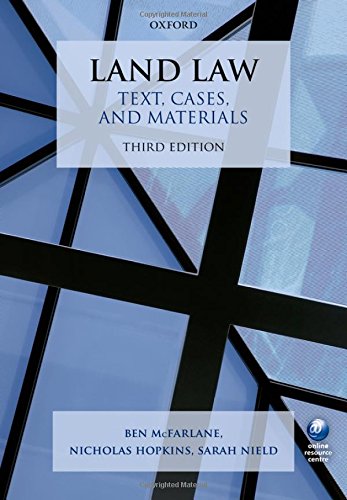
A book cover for Land Law: Text, Cases, and Materials; Ben McFarlane; Law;